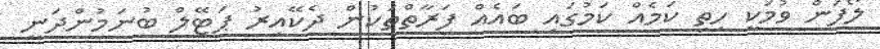
ލޯފަން ވުމަކީ ހިތި ކަމެއް ކަމުގައި ބައެއް ފަރާތްތަކުން ދެކޭއިރު ޕަޓޭލް ބުނަމުންދަނީ